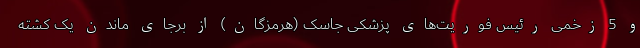
و 5 زخمی رئیس فوریت‌های پزشکی جاسک (هرمزگان) از برجای ماندن یک کشته